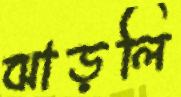
ঝাড়লি